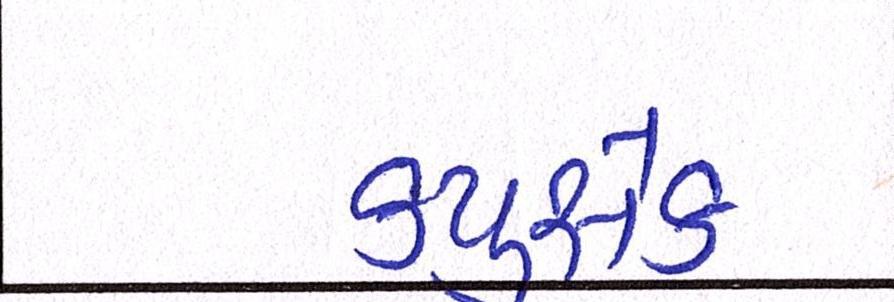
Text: ક્યુસેક